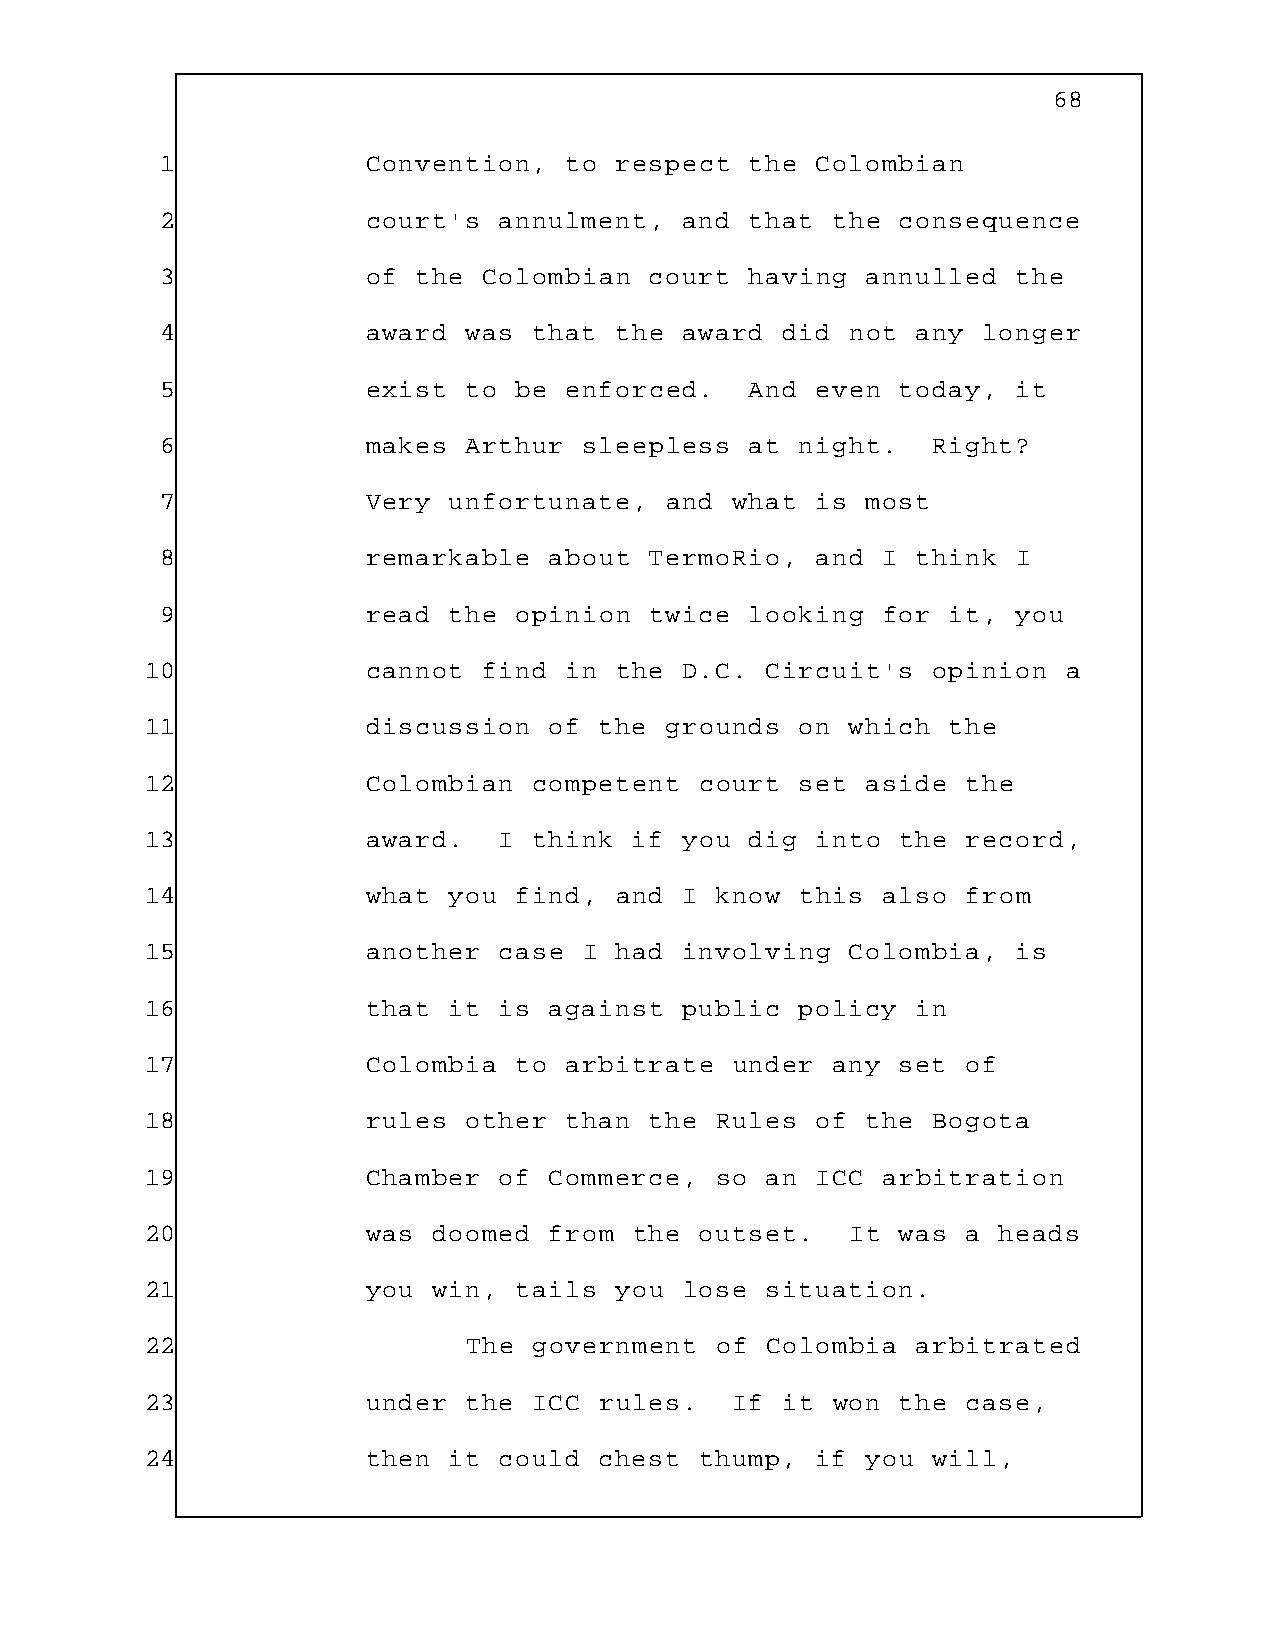
68
 1            Convention,  to  respect  the Colombian
 2            court's  annulment,  and  that the  consequence
 3            of  the Colombian  court  having annulled  the
 4            award  was that  the award  did not  any longer
 5            exist  to be enforced.    And even  today, it
 6            makes  Arthur  sleepless  at night.   Right?
 7            Very  unfortunate,  and  what is most
 8            remarkable  about  TermoRio,  and I  think I
 9            read  the opinion  twice  looking for  it, you
 10            cannot  find in  the D.C.  Circuit's  opinion  a
 11            discussion  of  the grounds  on which  the
 12            Colombian  competent  court  set aside  the
 13            award.   I think  if you  dig into  the record,
 14            what  you find,  and I know  this also  from
 15            another  case  I had involving  Colombia,  is
 16            that  it is against  public  policy  in
 17            Colombia  to arbitrate   under any  set of
 18            rules  other than  the Rules  of the  Bogota
 19            Chamber  of Commerce,  so  an ICC arbitration
 20            was  doomed from  the outset.   It  was a heads
 21            you  win, tails  you lose  situation.
 22                   The government  of  Colombia  arbitrated
 23            under  the ICC  rules.   If it won  the case,
 24            then  it could  chest thump,  if you  will,